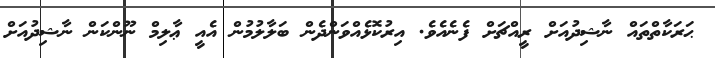
ޙަރަކާތްތައް ނާޝިދުއަށް ރީއްޗަށް ފެނެއެވެ. އިރުކޮޅެއްވަންދެން ބަލާލުމުން އެއީ ޢާލިމް ނޫންކަން ނާޝިދުއަށް